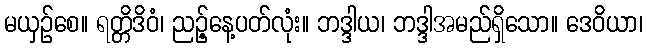
မယှဉ်စေ။ ရတ္တိဒိဝံ၊ ညဉ့်နေ့ပတ်လုံး။ ဘဒ္ဒါယ၊ ဘဒ္ဒါအမည်ရှိသော။ ဒေဝိယာ၊